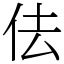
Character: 佉